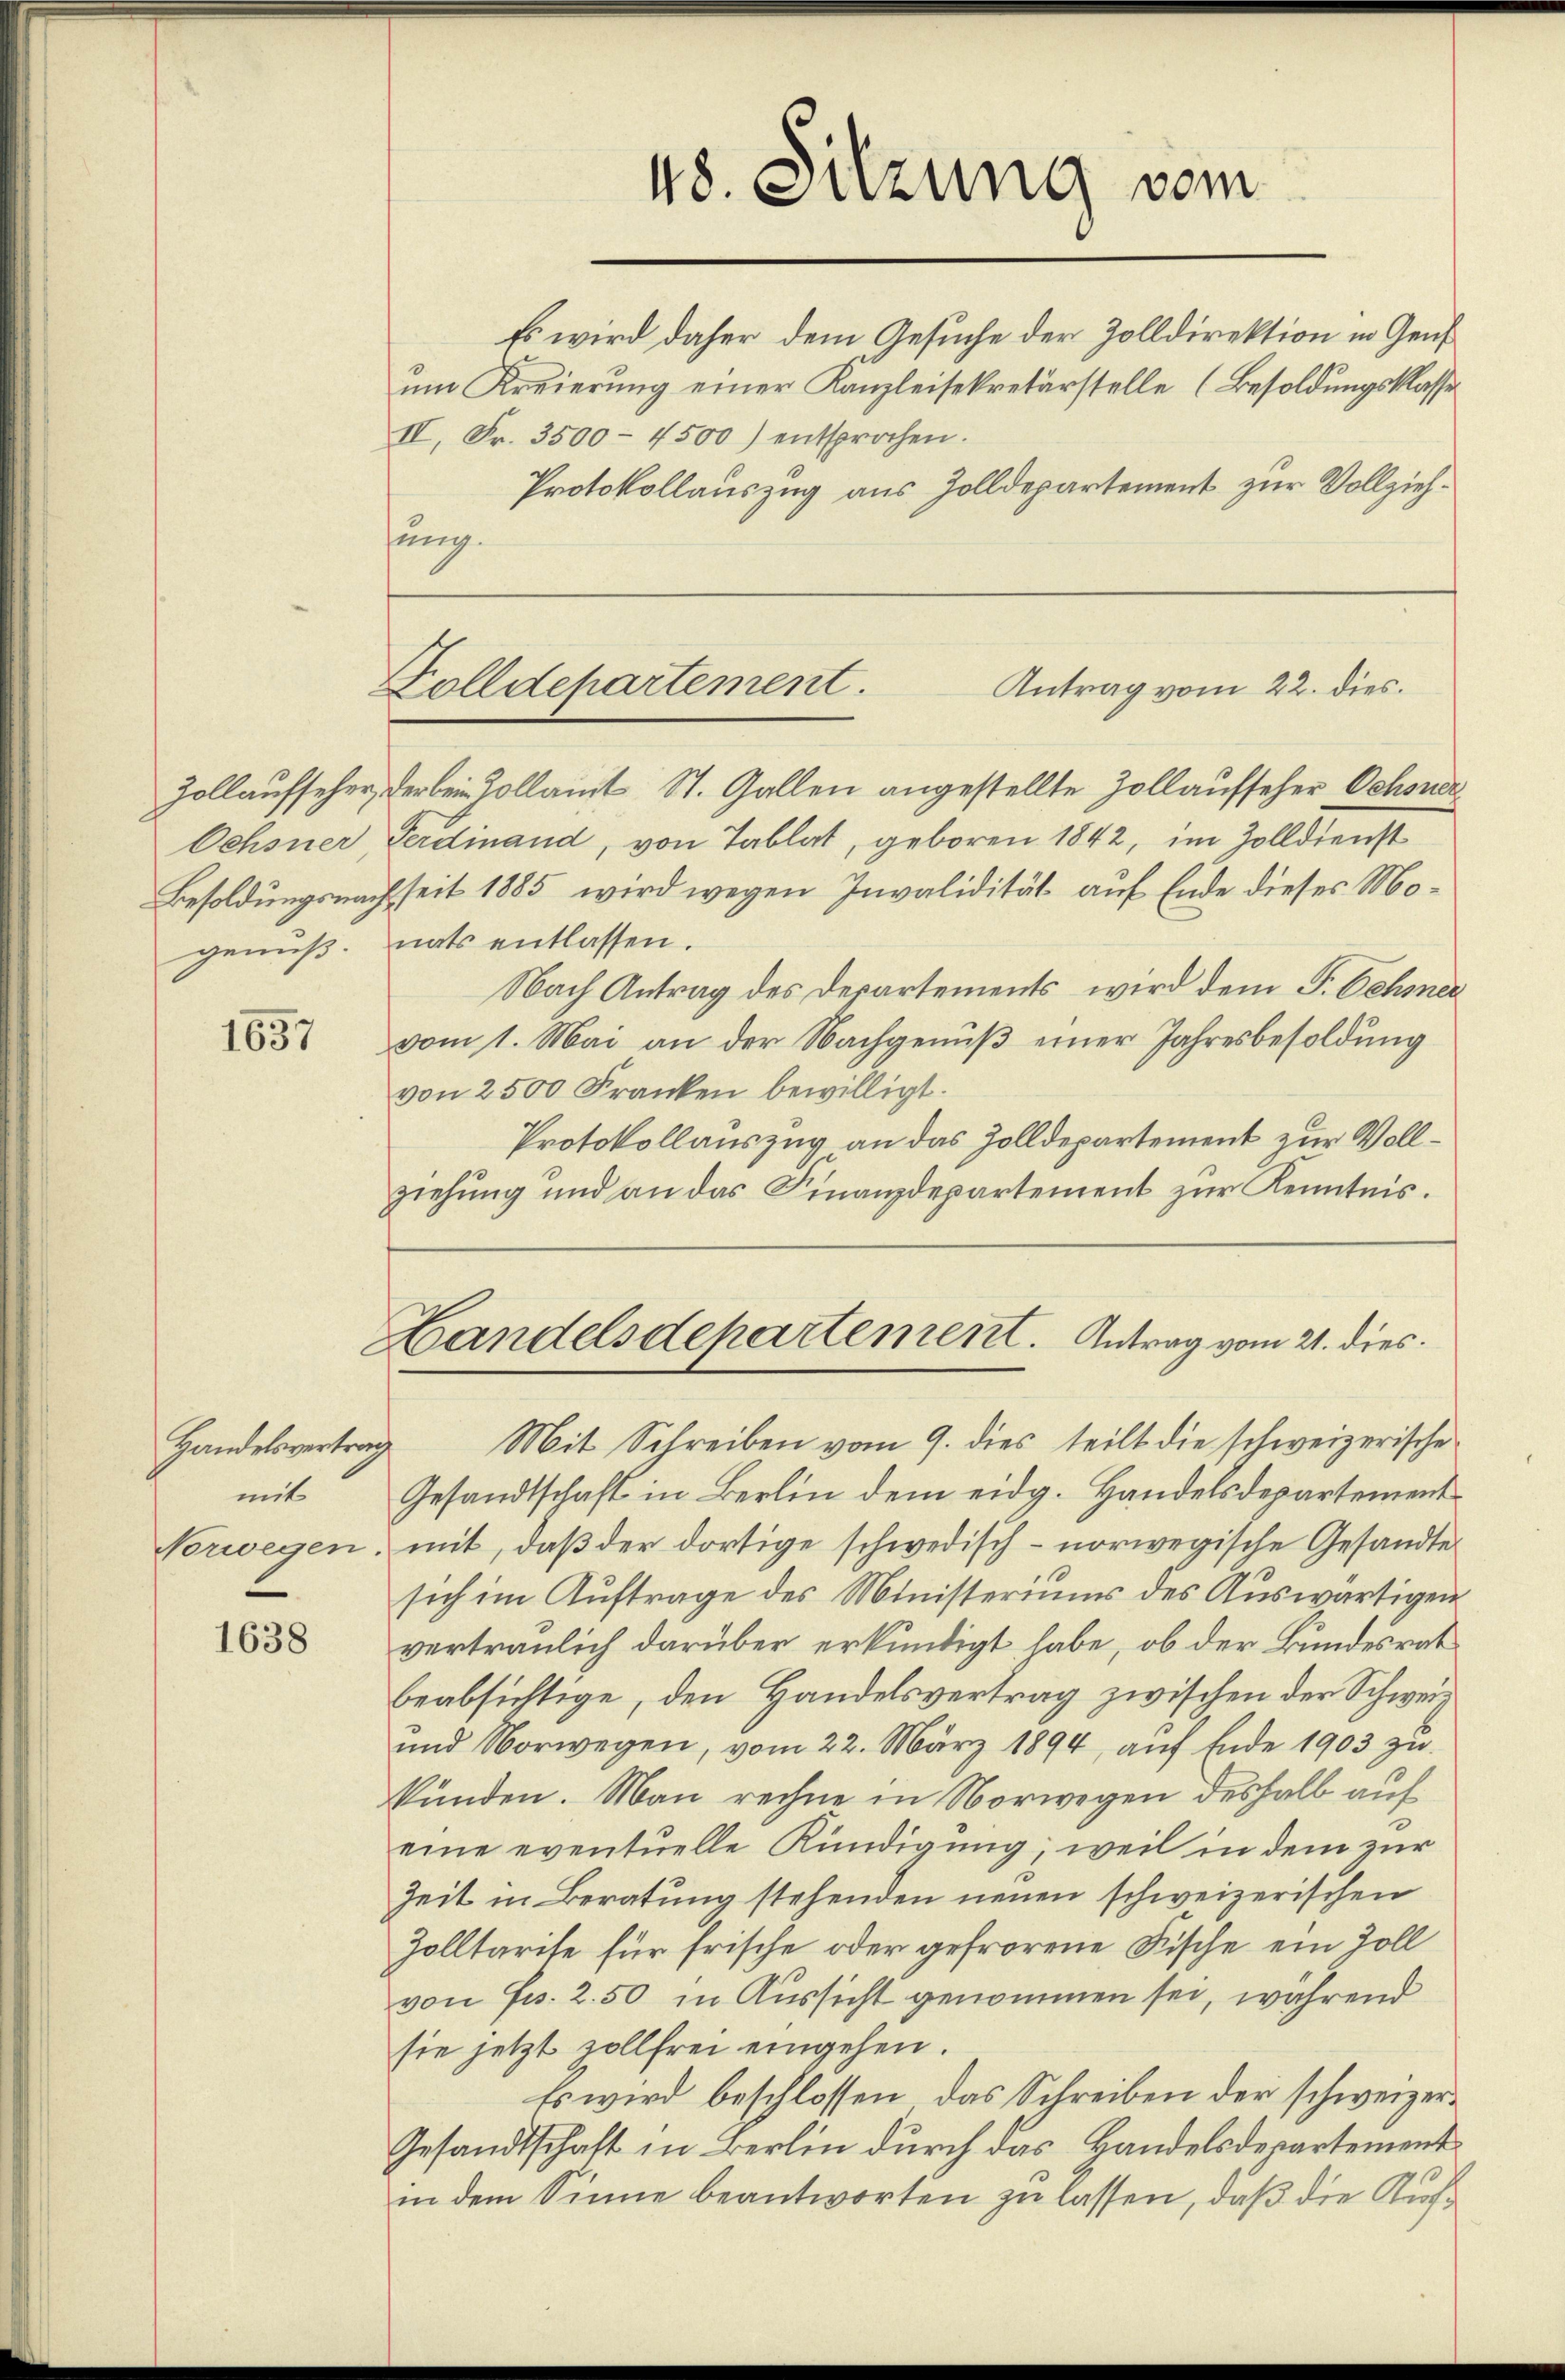
Ochsner
genuß.

1657

Handelsvertrag
mit

1638

Es wird daher dem Gesuche der Zolldirektion in Genf
um Kreierung einer Kanzleisekretärstelle (Besoldungsklasse
II. Fr. 3500 - 4500) entsprochen.
Protokollauszug aus Zolldepartement zur Vollziehsung.

48. Sitzung vom

Antrag vom 22. dies.
Folldepartement.

Landelsdepartenrent. Antrag vom 21. dies

Mit Schreiben vom 9. dies teilt die schweizerische
Gesandtschaft in Berlin dem eidg. Handelsdepartement
Norwegen, mit, daß der dortige schwedisch - norwegische Gesandte
sich im Auftrage des Ministeriums des Auswärtigen
vertraulich darüber erkundigt habe, ob der Bundesrat
beabsichtige, den Handelsvertrag zwischen der Schweiz
und Vorwegen, vom 22. März 1894, aŭf Ende 1903 zu
künden. Man rechne in Norwegen deshalb auf
eine eventuelle Kündigung; weil in dem zur
Zeit in Beratung stehenden neuen schweizerischen
Zolltarise für frische oder gefrorene Fische ein Zoll
von Fr. 2.50 in Aussicht genommen sei, während
sie jetzt zollfrei eingehen.
Es wird beschlossen, das Schreiben der schweizer¬
Gesandtschaft in Berlin durch das Handelsdepartement
in dem Sinne beantworten zu lassen, daß die Auf¬

Zollaufseher, der bei Tollamt St. Gallen angestellte Zollaufseher Ochsner
Ferdinand, von Tablat, geboren 1842, im Zolldienst
Besoldungsnach seit 1885 wird wegen Invalidität auf Ende dieses Monats entlassen.
Nach Antrag des Departements, wird dem P. Oehmer
vom 1. Mai an der Nachgenuß einer Jahresbesoldung
von 2500 Franken bewilligt.
Protokollauszug an das Zolldepartement zur Vollziehung und an das Finanzdepartement zur Kenntnis.